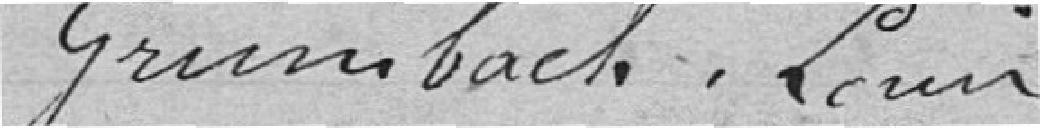
Grumbach, Louis